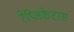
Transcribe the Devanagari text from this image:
रेप्लिकेटरस